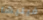
فيليشا